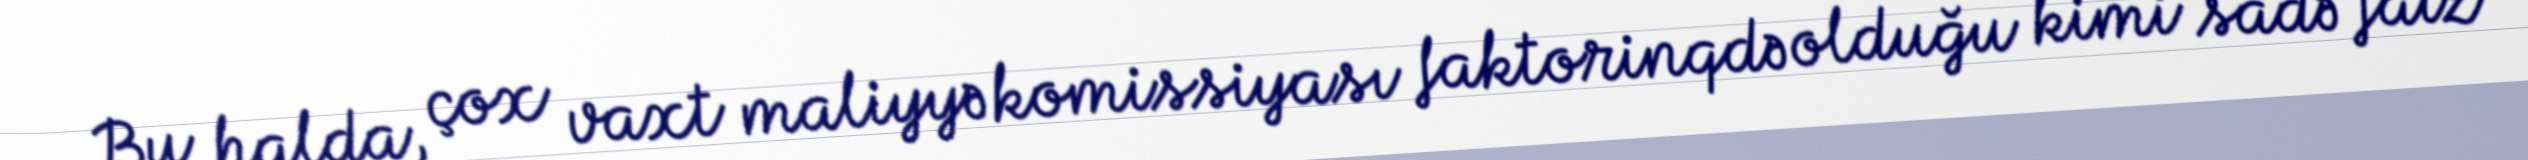
Bu halda, çox vaxt maliyyə komissiyası faktorinqdə olduğu kimi sadə faiz